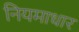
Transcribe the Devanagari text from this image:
नियमाधार